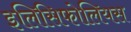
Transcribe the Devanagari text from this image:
इलिसिफोलियस